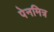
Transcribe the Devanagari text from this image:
पेनमित्र